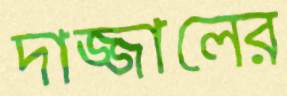
দাজ্জালের